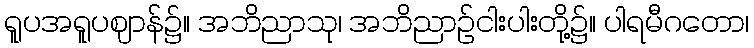
ရူပအရူပဈာန်၌။ အဘိညာသု၊ အဘိညာဉ်ငါးပါးတို့၌။ ပါရမီဂတော၊